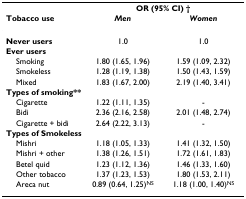
|  | <COLSPAN=2> OR (95% CI) † |
 | Tobacco use | Men | Women |
 | --- | --- | --- |
 | Never users | 1.0 | 1.0 |
 | <COLSPAN=3> Ever users |
 | Smoking | 1.80 (1.65, 1.96) | 1.59 (1.09, 2.32) |
 | Smokeless | 1.28 (1.19, 1.38) | 1.50 (1.43, 1.59) |
 | Mixed | 1.83 (1.67, 2.00) | 2.19 (1.40, 3.41) |
 | <COLSPAN=3> Types of smoking** |
 | Cigarette | 1.22 (1.11, 1.35) | - |
 | Bidi | 2.36 (2.16, 2.58) | 2.01 (1.48, 2.74) |
 | Cigarette + bidi | 2.64 (2.22, 3.13) | - |
 | <COLSPAN=3> Types of Smokeless |
 | Mishri | 1.18 (1.05, 1.33) | 1.41 (1.32, 1.50) |
 | Mishri + other | 1.38 (1.26, 1.51) | 1.72 (1.61, 1.83) |
 | Betel quid | 1.23 (1.12, 1.36) | 1.46 (1.33, 1.60) |
 | Other tobacco | 1.37 (1.23, 1.53) | 1.80 (1.53, 2.11) |
 | Areca nut | 0.89 (0.64, 1.25)NS | 1.18 (1.00, 1.40)NS |